Lunatic asylums Bombay report 1878-1890 - 1878-1890
Year: 1878
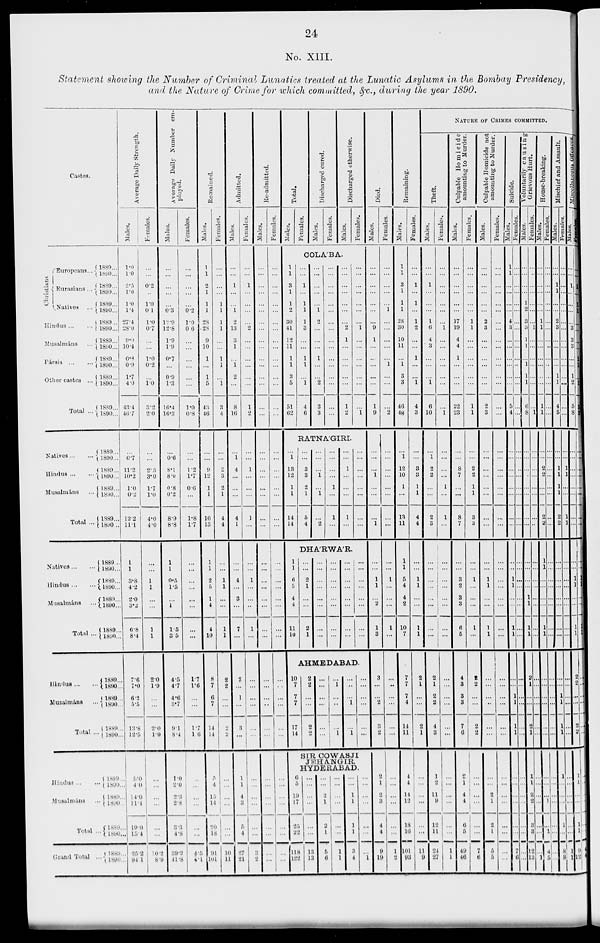
24
No. XIII.
Statement showing the Number of Criminal Lunatics treated at the Lunatic Asylums in the Bombay Presidency,
and the Nature of Crime for which committed, &c., during the year 1890.
Castes.
Christians.
Europeans...
Eurasians...
Natives ...
Hindus ... ...
Musalmáns ...
Pársis
...
...
Other castes ...
Total ...
Natives ... ...
Hindus ... ...
Musalmáns ...
Total ...
1889...
1890...
1889...
1890...
1889...
1890...
1889...
1890...
1889...
1890...
1889...
1890...
1889...
1890...
1889...
1890...
1889...
1890...
1889...
1890...
1889...
1890...
1889...
1890 ..
Natives...
...
Hindus...
...
Musalmáns ...
Total ...
Hindus ... ...
Musalmáns ...
Total ...
Hindus ... ...
Musalmáns ...
Total ..
Grand Total ...
1889...
1890...
1889...
1890...
1889...
1890...
1889...
1890...
1889...
1890...
1889...
1890...
1889...
1890...
1889...
1890...
1889...
1890...
1889...
1890...
1889...
1890...
Average Daily Strength.
Males.
1.0
1.0
2.5
1.0
1.0
1.4
27.4
28.0
9.0
10.4
0.8
0.9
1.7
4.0
43.4
46.7
...
0.7
11.2
10.2
1.0
0.2
12.2
11.1
1
1
3.8
4.2
2.0
3.2
6.8
8.4
7.6
7.0
6.2
5.5
13.8
12.5
5.0
4.0
14.0
11.4
19.0
15.4
25.2
94.1
Females.
...
...
0.2
...
1.0
0.1
1.0
0.7
...
...
1.0
0.2
...
1.0
3.2
2.0
...
...
2.3
3.0
1.7
1.0
4.0
4.0
...
...
1
1
...
...
1
1
2.0
1.9
...
...
2.0
1.9
...
...
...
...
...
...
10.2
8.9
Average Daily Number em-
ployed.
Males.
...
...
...
...
...
0.3
12.9
12.8
1.9
1.9
0.7
...
0.9
1.3
16.4
16.3
...
0.6
8.1
8.0
0.8
0.2
8.9
8.8
1
1
0.5
1.5
...
1
1.5
3.5
4.5
4.7
4.6
3.7
9.1
8.4
1.0
2.0
2.3
2.8
3.3
4.8
39.2
41.8
Females.
...
...
...
...
...
0.2
1.0
0.6
...
...
...
...
...
...
1.0
0.8
...
...
1.2
1.7
0.6
...
1.8
1.7
...
...
...
...
...
...
...
...
1.7
1.6
...
...
1.7
1.6
...
...
...
...
...
...
4.5
4.1
Remained.
Males.
1
1
2
1
1
1
28
28
9
10
1
...
1
5
43
46
...
...
9
12
1
1
10
13
1
1
2
5
1
4
4
10
8
7
6
7
14
14
5
4
15
14
20
18
91
101
Females.
...
...
...
...
1
1
1
1
...
...
1
1
...
1
3
4
...
...
2
3
2
1
4
4
...
...
1
1
...
...
1
1
2
2
...
...
2
2
...
...
...
...
...
...
10
11
Admitted.
Males.
...
...
1
...
...
1
2
13
3
1
...
1
2
...
8
16
...
1
4
...
...
...
4
1
...
...
4
...
3
...
7
...
2
...
1
...
3
...
1
1
4
3
5
4
27
21
Females.
...
...
1
...
...
...
...
2
...
...
...
...
...
...
1
2
...
...
1
...
...
...
1
...
...
...
1
...
...
...
1
...
...
...
...
...
...
...
...
...
...
...
...
...
3
2
Re-admitted.
Males.
...
...
...
...
...
...
...
...
...
...
...
...
...
...
...
...
...
...
...
...
...
...
...
...
...
...
...
...
...
...
...
...
...
...
...
...
...
...
...
...
...
...
...
...
...
...
Females.
...
...
...
...
...
...
...
...
...
...
...
...
...
...
...
...
...
...
...
...
...
...
...
...
...
...
...
...
...
...
...
...
...
...
...
...
...
...
...
...
...
...
...
...
...
...
Total.
Males.
Females.
Discharged cured.
Males.
Females.
Discharged otherwise.
Males.
Females.
COLA'BA.
1
1
3
1
1
2
30
41
12
11
1
1
3
5
51
62
...
...
1
...
1
1
1
3
...
...
1
1
...
1
4
6
...
...
...
...
...
1
2
...
...
...
1
...
...
2
3
3
...
...
...
...
...
...
...
...
...
...
...
...
...
...
...
...
...
...
...
...
...
...
...
2
1
...
...
...
...
...
1
2
...
...
...
...
...
...
...
1
...
...
...
...
...
...
...
1
RATNA'GIRI.
...
1
13
12
1
1
14
14
...
...
3
3
2
1
5
4
...
...
...
1
...
1
...
2
...
...
...
...
1
...
1
...
...
...
1
...
...
...
1
...
...
...
...
...
...
...
...
...
DHA'RWA'R.
1
1
6
5
4
4
11
10
...
...
2
1
...
...
2
1
...
...
...
...
...
...
...
...
...
...
...
...
...
...
...
...
...
...
...
...
...
...
...
...
...
...
...
...
...
...
...
...
AHMEDABAD.
10
7
7
7
17
14
2
2
...
...
2
2
...
...
...
...
...
...
...
1
...
...
...
1
...
...
...
1
...
1
...
...
...
...
...
...
SIR COWASJI
JEHANGIR,
HYDERABAD.
6
5
19
17
25
22
118
122
...
...
...
...
...
...
13
13
...
...
2
1
2
1
5
6
...
...
...
...
...
...
1
1
...
...
1
1
1
1
3
4
...
...
...
...
...
...
...
1
Died.
Males.
...
...
...
...
...
...
...
9
1
...
...
...
...
...
1
9
...
...
...
1
...
...
...
1
...
...
1
1
...
2
1
3
3
...
...
2
3
2
2
1
2
3
4
4
9
19
Females.
...
...
...
...
...
1
...
...
...
...
...
1
...
...
...
2
...
...
...
...
...
...
...
...
...
...
1
...
...
...
1
...
...
...
...
...
...
...
...
...
...
...
...
...
1
2
Remaining.
Males.
1
1
3
1
1
1
28
30
10
11
...
1
3
3
46
48
...
1
12
10
1
...
13
11
1
1
5
4
4
2
10
7
7
7
7
4
14
11
4
4
14
12
18
16
101
93
Females.
...
...
1
...
1
...
1
2
...
...
1
...
...
1
4
3
...
...
3
3
1
1
4
4
...
...
1
1
...
...
1
1
2
1
...
...
2
1
...
...
...
...
...
...
11
9
NATURE OF CRIMES COMMITTED.
Theft.
Males.
...
...
1
...
...
...
1
6
4
3
...
...
...
1
6
10
...
1
2
2
...
...
2
3
...
...
...
...
...
...
...
...
2
1
2
2
4
3
1
2
11
9
12
11
24
27
Females.
...
...
...
...
...
...
...
1
...
...
...
...
...
...
...
1
...
...
...
...
1
...
1
...
...
...
...
...
...
...
...
...
...
...
...
...
...
...
...
...
...
...
...
...
1
1
Culpable Homicide
amounting to Murder.
Males.
...
...
...
...
...
...
17
19
4
4
1
...
...
...
22
23
...
...
8
7
...
...
8
7
...
...
3
2
3
3
6
5
4
3
3
3
7
6
2
1
4
4
6
5
49
46
Females.
...
...
...
...
...
...
1
1
...
...
...
...
...
...
1
1
...
...
2
2
1
1
3
3
...
...
1
...
...
...
1
...
2
2
...
...
2
2
...
...
...
...
...
...
7
6
Culpable Homicide not
amounting to Murder.
Males.
...
...
...
...
...
...
2
3
...
...
...
...
...
...
2
3
...
...
...
...
...
...
...
...
...
...
1
1
...
...
1
1
...
...
...
...
...
...
...
...
2
1
2
1
5
5
Females.
...
...
...
...
...
...
...
...
...
...
...
...
...
...
...
...
...
...
...
...
...
...
...
...
...
...
...
...
...
...
...
...
...
...
...
...
...
...
...
...
...
...
...
...
...
...
Suicide.
Males.
1
1
...
...
...
...
4
3
...
...
...
...
...
...
5
4
...
...
...
...
...
...
...
...
...
...
1
1
...
...
1
1
...
...
1
1
1
1
...
...
...
...
...
...
7
6
Females.
...
...
...
...
...
...
...
...
...
...
...
...
...
...
...
...
...
...
...
...
...
...
...
...
...
...
...
...
...
...
...
...
...
...
...
...
...
...
...
...
...
...
...
...
...
...
Voluntarily causing
Grievous Hurt.
Males.
...
...
...
...
1
2
3
3
1
1
...
1
1
1
6
8
...
...
...
...
...
...
...
...
...
...
...
...
1
1
1
1
2
1
...
...
2
1
1
1
2
2
3
3
12
13
Females.
...
...
...
...
...
...
...
1
...
...
...
...
...
...
...
1
...
...
...
...
...
...
...
...
...
...
...
...
...
...
...
...
...
...
...
...
...
...
...
...
...
...
...
...
...
1
House-breaking.
Males.
...
...
...
...
...
...
1
1
...
...
...
...
...
...
1
1
...
...
2
2
...
...
2
2
1
1
...
...
...
...
1
1
...
...
...
...
...
...
...
...
...
1
...
1
4
5
Females.
...
...
...
...
...
...
...
...
...
...
...
...
...
...
...
...
...
...
...
...
...
...
...
...
...
...
...
...
...
...
...
...
...
...
...
...
...
...
...
...
...
...
...
...
...
...
Mischief and Assault.
Males.
...
...
1
1
...
...
2
3
...
...
...
...
1
1
4
5
...
...
1
1
1
1
2
2
...
...
...
...
...
...
...
...
...
...
1
1
1
1
1
1
...
...
1
...
8
8
Females.
...
...
...
...
...
...
...
...
...
...
...
...
...
...
...
...
...
...
1
1
...
...
1
1
...
...
...
...
...
...
...
...
...
...
...
...
...
...
...
...
...
...
...
...
1
1
Miscellaneous Offences.
Males.
...
...
1
...
...
...
...
3
3
3
...
...
1
2
5
8
...
...
...
...
...
...
...
...
...
...
1
1
...
...
1
1
2
2
...
...
2
2
1
1
...
...
1
1
9
12
Females.
...
...
1
...
1
1
...
...
...
...
1
1
...
1
3
3
...
...
...
...
...
...
...
...
...
...
1
1
...
...
1
1
...
...
...
...
...
...
...
...
...
...
...
...
4
4